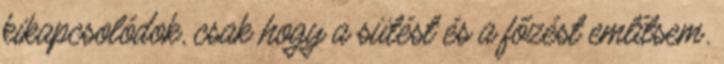
kikapcsolódok, csak hogy a sütést és a főzést említsem.